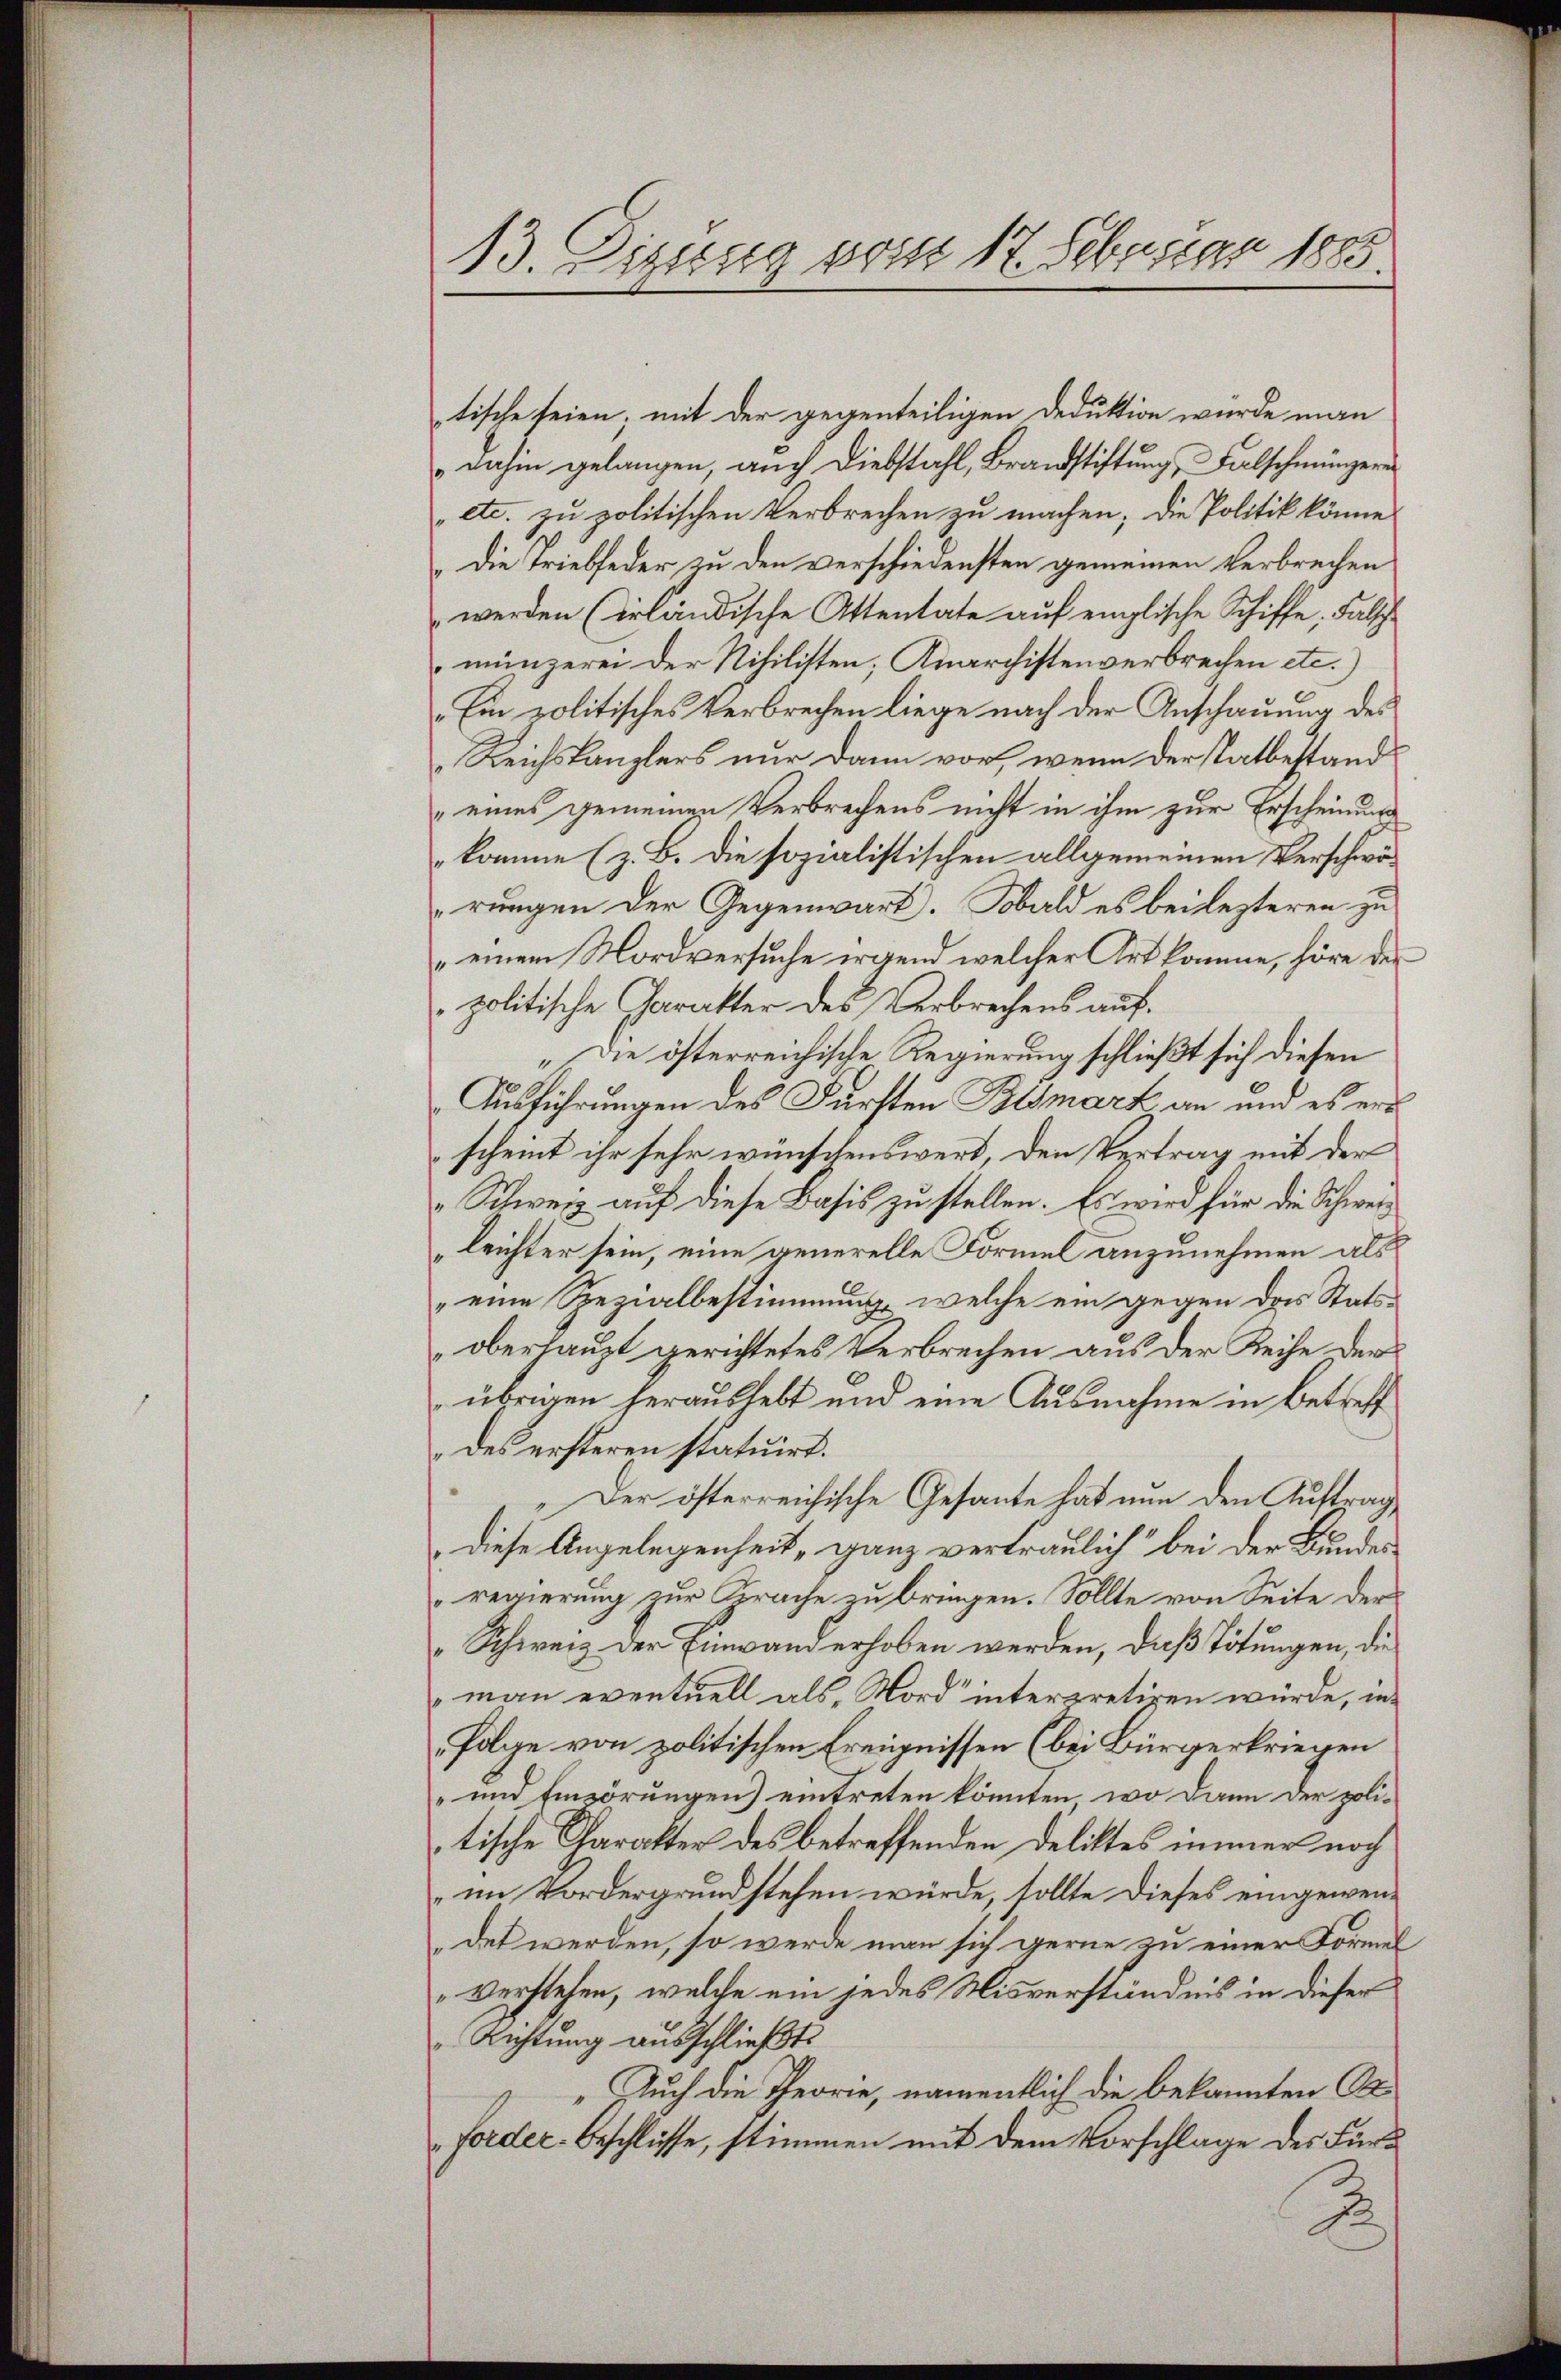
13. Dizung vom 17. Febuscar 1885.

tische seien; mit der gegenteiligen Deduktion würde man
dahin gelangen, auch Diebstahl, Brandstiftung, Falschmünzere
etc. zu politischen Verbrechen zu machen; die Politik könne
Die Triebfeder zu den verschiedensten gemeinen Verbrechen
werden (erländische Ottentate auf einglische Schiffe, Falsch
münzerei der Nihilisten; Anarchistenverbrechen etc.)
„Ein politisches Verbrechen liege nach der Anschauung des
Reichskanzlers nur dann vor, wenn der Tatbestands
 eines gemeinen Verbrechens nicht in ihm zur Erscheinung
komme (z. B. die sozialistischen allgemeinen Verschwärungen der Gegenwart. Sobald es bei lezteren zu
„einem Mordversuche irgend welcher Art komme, höre des
politische Charakter des Verbrechens auf¬
„Die österreichische Regierung schließt sich diesen
Ausführungen des Fürsten Belsmark an und es ers
scheint ihr sehr wünschenswert, den Vertrag mit der
„Schweiz auf diese Basis zu stellen. Es wird für die Schweileichter sein, eine generelle Formel anzunehmen als
" eine Spezialbestimmung, welche ein gegen das Statsoberhaupt gerichtetes Verbrechen aus der Reihe der
übrigen herauslebt und eine Ausnahme in Betreff
des ersteren statuirt.
Der österreichische Gesante hat nun den Auftrag,
Diese Angelegenheit, ganz vertraulich“ bei der Bundes
regierung zur Sprache zu bringen. Sollte von Seite der
Schweiz der Einwand erhoben werden, daß Tötungen, die
man eventuell als Mord interpretigen würde, in¬
Folge von politischen Ereignissen (bei Bürgerkriegen
-und Einzörungen) eintreten könnten, wo dann der politische Charakter des betreffenden Deliktes immer noch
im Vordergrund stehen würde, sollte dieses eingewendet werden, so werde man sich gerne zu einer Formel
verstehen, welche ein jedes Misverständnis in dieser
Richtung ausschließt
Auch die Theorie, namentlich die bekannten O
Forder-Beschlüsse, stimmen mit dem Vorschlage des Für¬
2